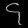
Digit: ၄